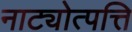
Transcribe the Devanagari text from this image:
नाट्योत्पत्ति